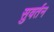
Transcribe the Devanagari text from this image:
सुवर्तन